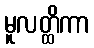
မူလတ္ထိကာ